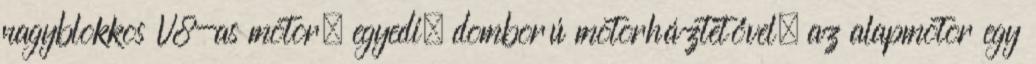
nagyblokkos V8-as motor, egyedi, domború motorháztetővel; az alapmotor egy